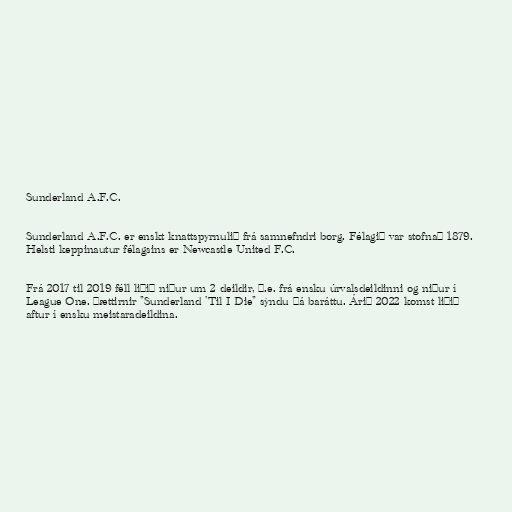
Sunderland A.F.C.

Sunderland A.F.C. er enskt knattspyrnulið frá samnefndri borg. Félagið var stofnað 1879.
Helsti keppinautur félagsins er Newcastle United F.C.

Frá 2017 til 2019 féll liðið niður um 2 deildir, þ.e. frá ensku úrvalsdeildinni og niður í
League One. Þættirnir "Sunderland 'Til I Die" sýndu þá baráttu. Árið 2022 komst liðið
aftur í ensku meistaradeildina.